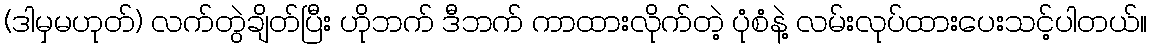
(ဒါမှမဟုတ်) လက်တွဲချိတ်ပြီး ဟိုဘက် ဒီဘက် ကာထားလိုက်တဲ့ ပုံစံနဲ့ လမ်းလုပ်ထားပေးသင့်ပါတယ်။